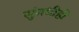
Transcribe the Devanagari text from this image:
सुंगधीही